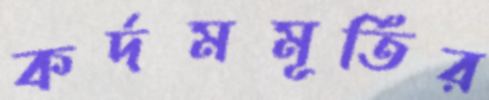
কর্দমমূর্তির